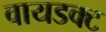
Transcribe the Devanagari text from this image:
वायडक्ट